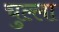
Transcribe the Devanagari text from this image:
चुल्ला